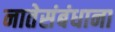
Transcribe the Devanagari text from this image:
नातेसंबंधाना